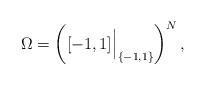
LaTeX: \begin{align*}\Omega = \left( [-1,1] \Big|_{\{-1, 1\}} \right)^N,\end{align*}